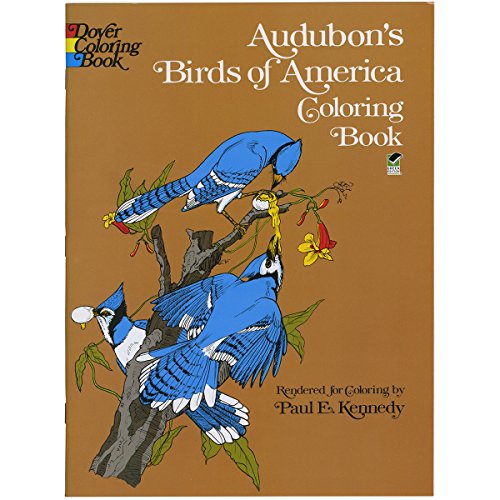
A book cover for Audubon's Birds of America Coloring Book; John James Audubon; Arts & Photography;